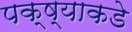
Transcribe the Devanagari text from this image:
पक्ष्याकडे